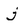
Character: j